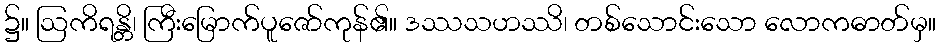
၌။ ဩကိရန္တိ၊ ကြီးမြောက်ပူဇော်ကုန်၏။ ဒဿသဟဿိ၊ တစ်သောင်းသော လောကဓာတ်မှ။